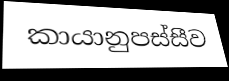
කායානුපස්සීව